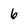
Character: 6